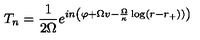
T _ { n } = \frac { 1 } { 2 \Omega } e ^ { i n \left( \varphi + \Omega v - \frac { \Omega } { \kappa } \log ( r - r _ { + } ) ) \right) }